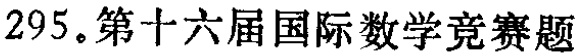
295。第十六届国际数学竞赛题